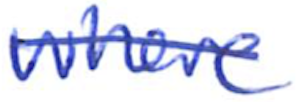
Text: where
Cross-out: single-line
Writing tool: ballpoint